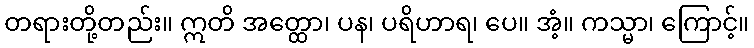
တရားတို့တည်း။ ဣတိ အတ္ထော၊ ပန၊ ပရိဟာရ၊ ပေ။ အံ့။ ကသ္မာ၊ ကြောင့်။